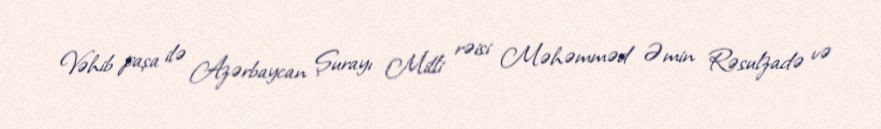
Vəhib paşa ilə Azərbaycan Şurayı Milli rəisi Məhəmməd Əmin Rəsulzadə və